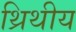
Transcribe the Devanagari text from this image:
थ्रिथीय